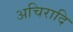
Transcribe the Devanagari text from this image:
अचिरादि